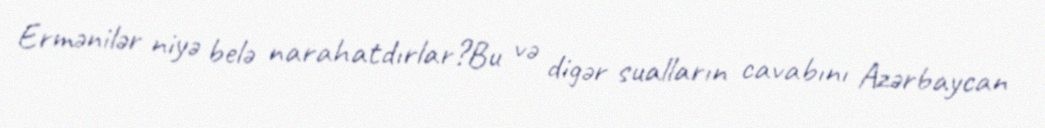
Ermənilər niyə belə narahatdırlar?Bu və digər sualların cavabını Azərbaycan